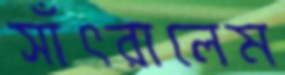
সাঁৎরালেম